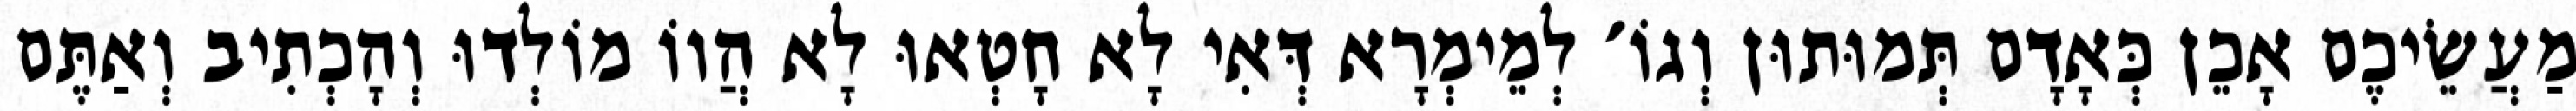
מַעֲשֵׂיכֶם אָכֵן כְּאָדָם תְּמוּתוּן וְגוֹ׳ לְמֵימְרָא דְּאִי לָא חָטְאוּ לָא הֲווֹ מוֹלְדוּ וְהָכְתִיב וְאַתֶּם